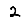
Digit: 2